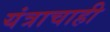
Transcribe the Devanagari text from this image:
यंत्राचाही